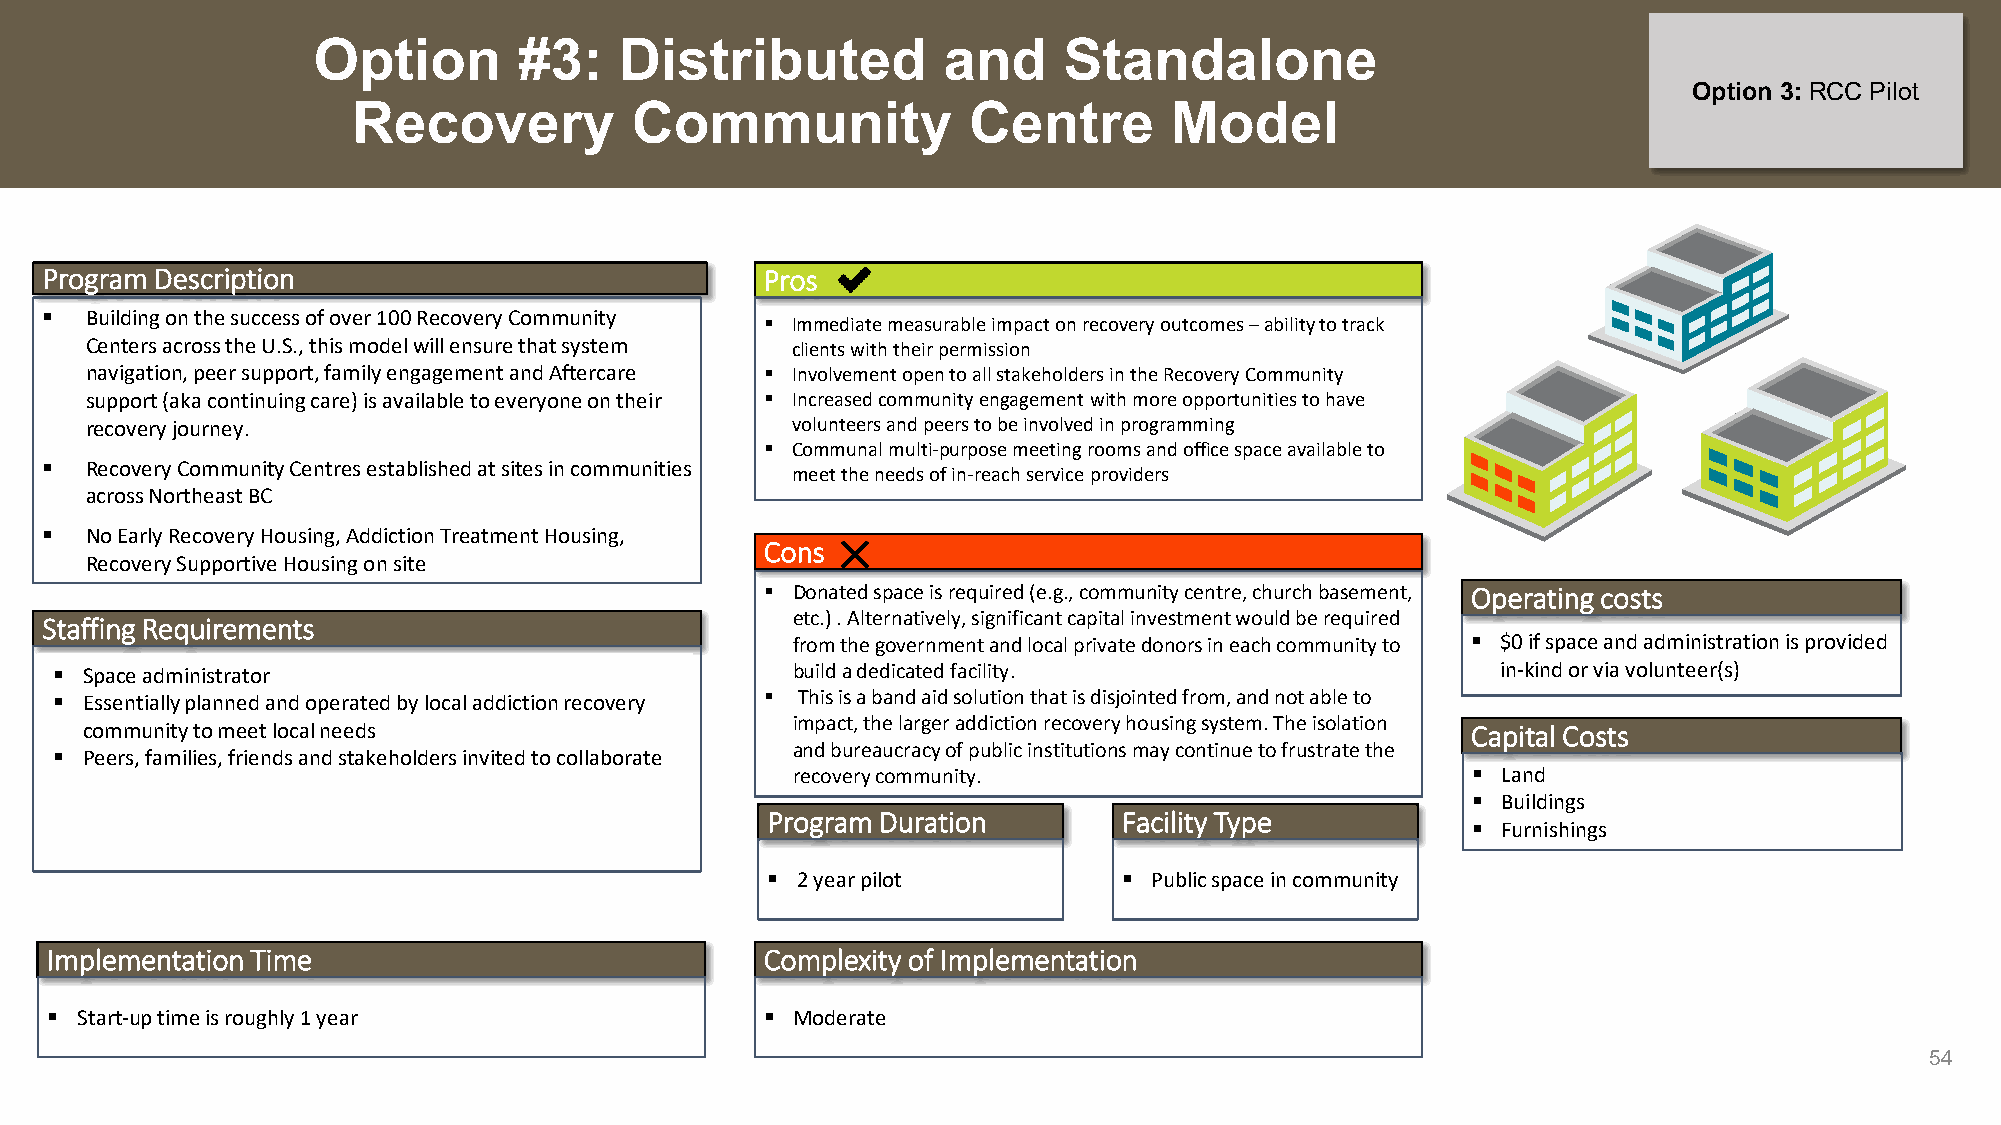
Option       #3:    Distributed          and     Standalone
 Option 3: RCC Pilot
 Recovery           Community             Centre       Model
 Program Description                             Pros
   Building on the success of over 100 Recovery Community  Immediate measurable impact on recovery outcomes –ability to track
 Centers across the U.S., this model will ensure that system clients with their permission
 navigation, peer support, family engagement and Aftercare  Involvement open to all stakeholders in the Recovery Community
 support (aka continuing care) is available to everyone on their  Increased community engagement with more opportunities to have
 recovery journey.                             volunteers and peers to be involved in programming
  Communal multi-purpose meeting rooms and office space available to
   Recovery Community Centres established at sites in communities
 meet the needs of in-reach service providers
 across Northeast BC
   No Early Recovery Housing, Addiction Treatment Housing,
 Cons
 Recovery Supportive Housing on site
  Donated space is required (e.g., community centre, church basement, Operating costs
 Staffing Requirements                            etc.) . Alternatively, significant capital investment would be required
 from the government and local private donors in each community to  $0 if space and administration is provided
  Space administrator                            build a dedicated facility.                    in-kind or via volunteer(s)
  Essentially planned and operated by local addiction recovery  This is a band aid solution that is disjointed from, and not able to
 impact, the larger addiction recovery housing system. The isolation
 community to meet local needs                                                               Capital Costs
  Peers, families, friends and stakeholders invited to collaborate and bureaucracy of public institutions may continue to frustrate the
 recovery community.                           Land
  Buildings
 Program Duration       Facility Type
  Furnishings
  2 year pilot          Public space in community
 Implementation Time                             Complexity of Implementation
  Start-up time is roughly 1 year                Moderate
 54